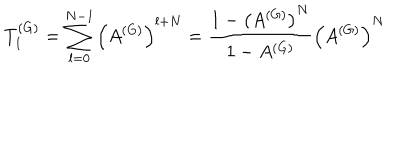
LaTeX: T _ { 1 } ^ { ( G ) } = \sum _ { l = 0 } ^ { N - 1 } \left( A ^ { ( G ) } \right) ^ { l + N } = \frac { 1 - \left( A ^ { ( G ) } \right) ^ { N } } { 1 - A ^ { ( G ) } } \left( A ^ { ( G ) } \right) ^ { N }